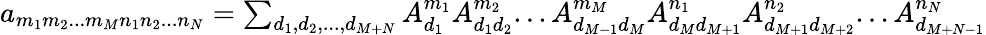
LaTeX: \begin{array}{r}{a_{m_{1}m_{2}...m_{M}n_{1}n_{2}...n_{N}}=\sum_{d_{1},d_{2},...,d_{M+N}}A_{d_{1}}^{m_{1}}A_{d_{1}d_{2}}^{m_{2}}...A_{d_{M-1}d_{M}}^{m_{M}}A_{d_{M}d_{M+1}}^{n_{1}}A_{d_{M+1}d_{M+2}}^{n_{2}}...A_{d_{M+N-1}}^{n_{N}}}\end{array}